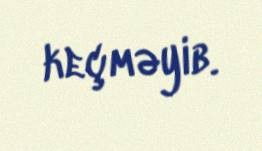
keçməyib.